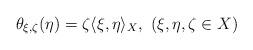
LaTeX: \begin{align*}\theta_{\xi, \zeta} (\eta) = \zeta \langle\xi, \eta \rangle_X , \ (\xi, \eta, \zeta \in X)\end{align*}